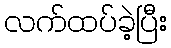
လက်ထပ်ခဲ့ပြီး